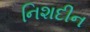
નિશદીન